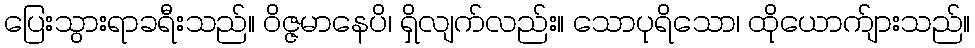
ပြေးသွားရာခရီးသည်။ ဝိဇ္ဇမာနေပိ၊ ရှိလျက်လည်း။ သောပုရိသော၊ ထိုယောက်ျားသည်။